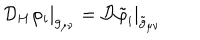
LaTeX: \left. { \cal D } _ { H } \varphi _ { i } \right| _ { g _ { \mu \nu } } = \left. { \cal D } \tilde { \varphi } _ { i } \right| _ { \tilde { g } _ { \mu \nu } }